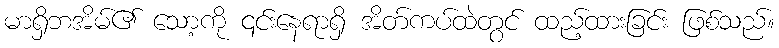
မာရှိဘအိမ်၏ သော့ကို ၎င်းနေရာရှိ အိတ်ကပ်ထဲတွင် ထည့်ထားခြင်း ဖြစ်သည်။